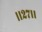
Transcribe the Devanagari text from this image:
।।२७।।